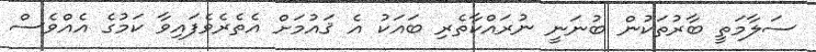
ސަލާމަތީ ބާރުތަކުން ބުނަނީ ނުރައްކާތެރި ބައަކު އެ ޤައުމަށް އެތެރެވެފައިވާ ކަމުގެ އެއްވެސް